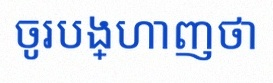
ចូរបង្ហាញថា